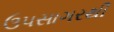
ઉપસાગરથી